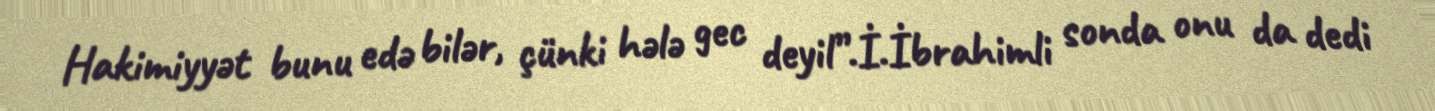
Hakimiyyət bunu edə bilər, çünki hələ gec deyil”.İ.İbrahimli sonda onu da dedi